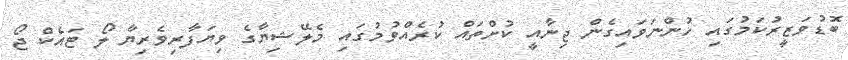
ބޮޑުވަޒީރުކަމުގައި ހުންނަވައިގެން ޖިނާއީ ކުށްތައް ކުރެއްވުމުގައި މެލޭޝިޔާގެ ވިޔަފާރިވެރިޔާ ލޯ ޓައެކް ޖޯ